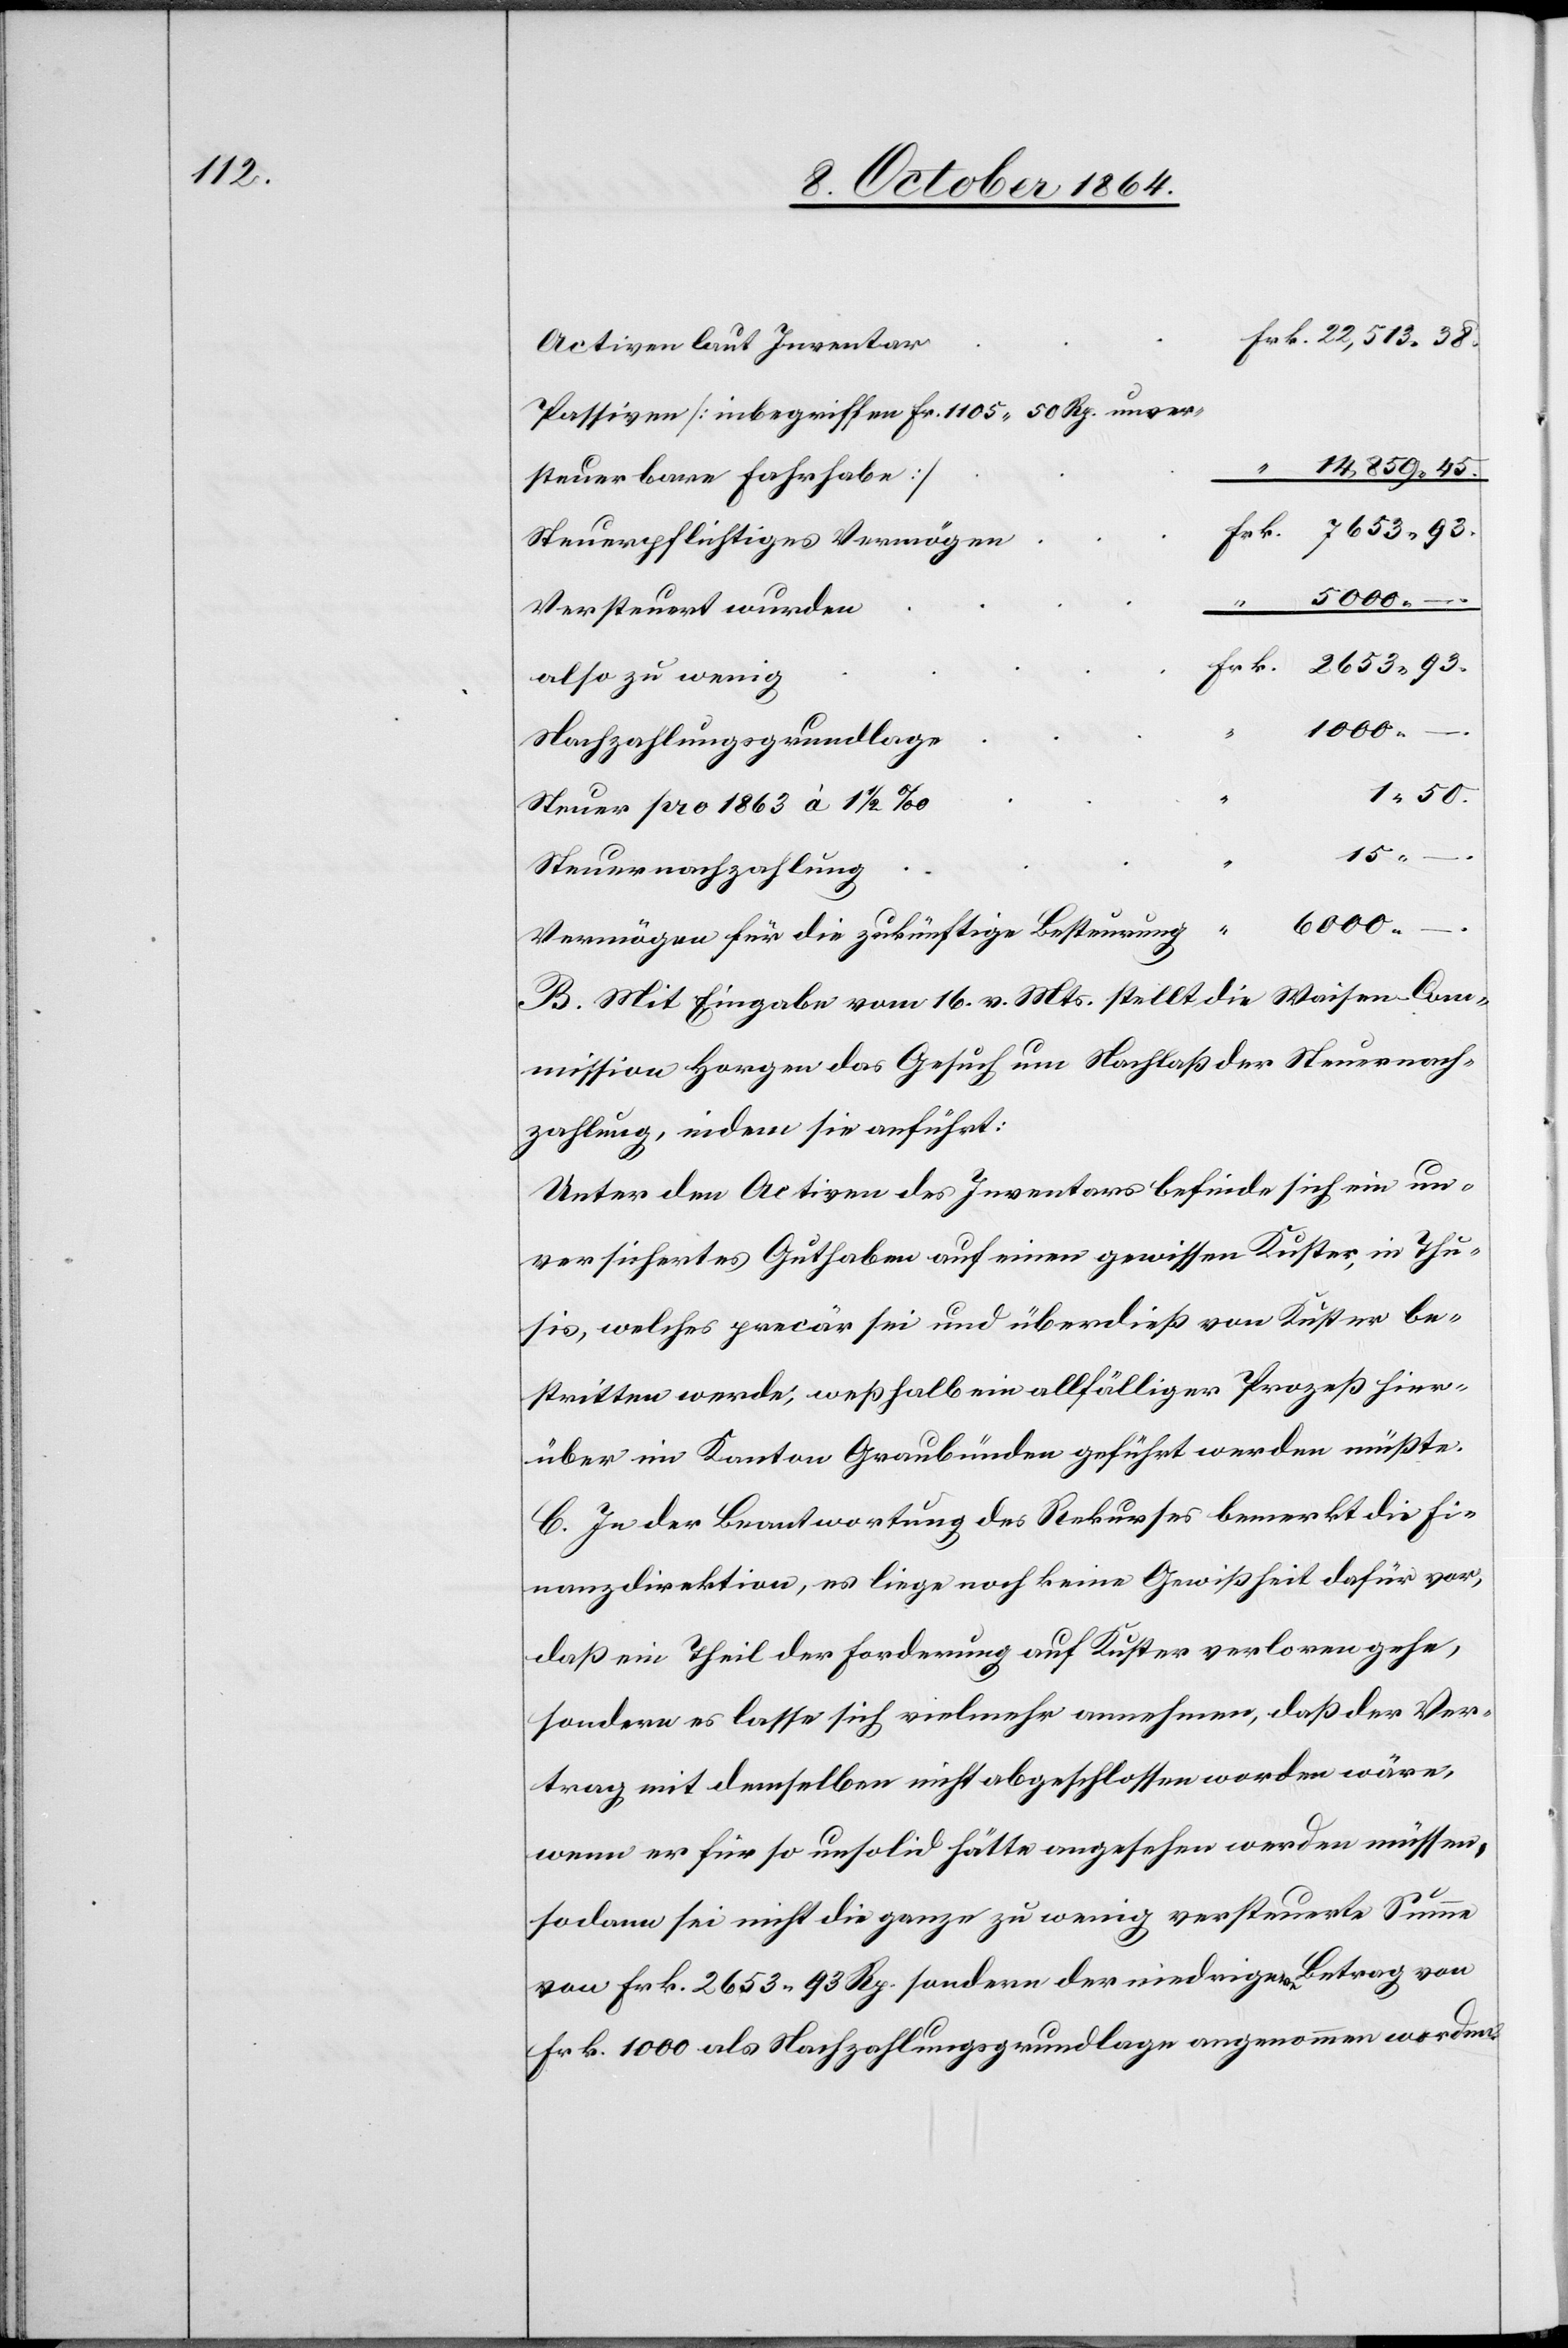
Activen laut Inventar
Passiven [inbegriffen Frk. 1 105.50 Rp. unver¬
14,859.45.
2
steuerbare Fahrhabe]
Steuerpflichtiges Vermögen
000. –.
–.
Versteuert wurden
also zu wenig
Nachzahlungsgrundlage
Steuer pro 1863 à 1 1/2‰
15.
Steuernachzahlung
6 000.
Vermögen für die zukünftige Besteurung
B. Mit Eingabe vom 16. v. Mts. stellt die Waisen-Com¬
mission Horgen das Gesuch um Nachlaß der Steuernach¬
zahlung, indem sie anführt:
Unter den Activen des Inventars befinde sich ein un¬
versichertes Guthaben auf einen gewissen Kuster, in Thu¬
sis, welches precär sei und überdieß von Kuster be¬
stritten werde, weßhalb ein allfälliger Prozeß hier¬
über im Kanton Graubünden geführt werden müßte.
C. In der Beantwortung des Recurses bemerkt die Fi¬
nanzdirektion, es liege noch keine Gewißheit dafür vor,
daß ein Theil der Forderung auf Kuster verloren gehe,
sondern es lasse sich vielmehr annehmen, daß der Ver¬
trag mit demselben nicht abgeschlossen worden wäre,
wenn er für so unsolid hätte angesehen werden müssen,
sodann sei nicht die ganze zu wenig versteuerte Summe
von Frk. 2 653.93 Rp. sondern der niedrigere Betrag von
Frk. 1 000 als Nachzahlungsgrundlage angenommen worden.